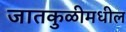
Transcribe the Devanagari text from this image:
जातकुळीमधील